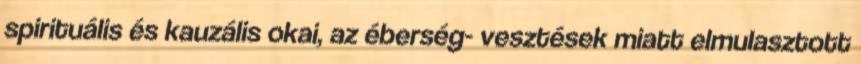
spirituális és kauzális okai, az éberség- vesztések miatt elmulasztott